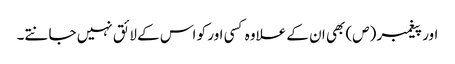
اور پیغمبر (ص) بھی ان کے علاوہ کسی اور کو اس کے لائق نہیں جانتے۔